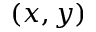
( x , y )